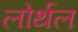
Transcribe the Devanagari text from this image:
लोर्थल